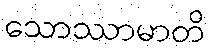
သောဿာမာတိ